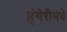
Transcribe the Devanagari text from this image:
हंगेरीमधे